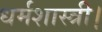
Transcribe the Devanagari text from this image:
धर्मशास्त्री।